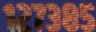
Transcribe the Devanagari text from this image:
१२७३८५